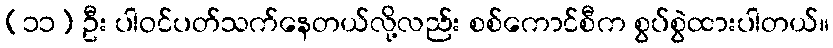
(၁၁) ဦး ပါဝင်ပတ်သက်နေတယ်လို့လည်း စစ်ကောင်စီက စွပ်စွဲထားပါတယ်။